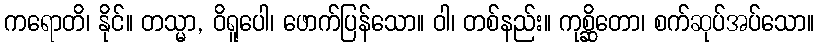
ကရောတိ၊ နိုင်။ တသ္မာ, ဝိရူပေါ၊ ဖောက်ပြန်သော။ ဝါ၊ တစ်နည်း။ ကုစ္ဆိတော၊ စက်ဆုပ်အပ်သော။